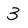
Character: 3